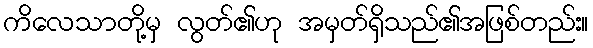
ကိလေသာတို့မှ လွတ်၏ဟု အမှတ်ရှိသည်၏အဖြစ်တည်း။